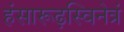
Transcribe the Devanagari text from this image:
हंसारूढ़स्विनेत्रं